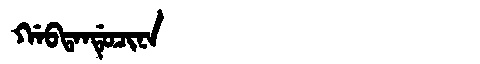
Manchu: ᡤᠠᠪᡨᠠᠨᡩᡠᠴᡳᠨᠠ
Romanization: GABTANDUCINA